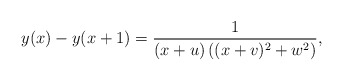
\begin{align*}y(x)-y(x+1)=\frac{1}{(x+u)\left((x+v)^2+w^2\right)},\end{align*}